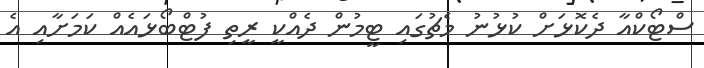
ސްޓޯކްއާ ދެކޮޅަށް ކުޅުނު މެޗުގައި ޓީމުން ދެއްކީ ރީތި ފުޓްބޯޅައެއް ކަމަށާއި އެ